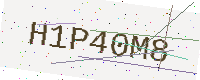
Text: H1P40M8